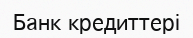
Банк кредиттері